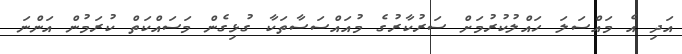
އަދި އެ މައްސަލަ ހައްލުކުރުމަށް ސަރުކާރުގެ މުއައްސަސާތަކާ ގުޅިގެން މަސައްކަތް ކުރަމުން އަންނަ